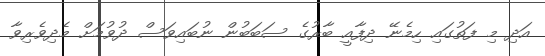
އަދި މި ފަތުގައި ހިމެނޭ ދިފާއީ ބާރުގެ ސަބަބުން ނުބައިވަސް ދުވުމަށް މެދިވެރިވާ